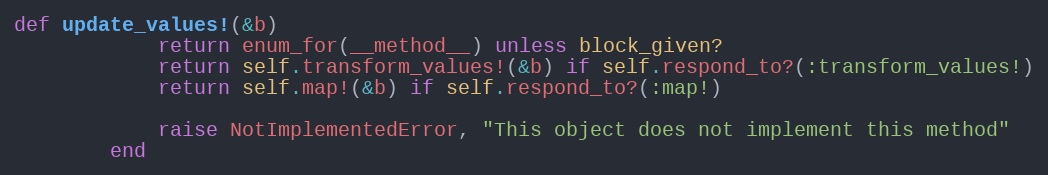
Language: Ruby
def update_values!(&b)
            return enum_for(__method__) unless block_given?
            return self.transform_values!(&b) if self.respond_to?(:transform_values!)
            return self.map!(&b) if self.respond_to?(:map!)

            raise NotImplementedError, "This object does not implement this method"
        end